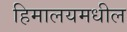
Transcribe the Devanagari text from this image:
हिमालयमधील